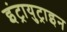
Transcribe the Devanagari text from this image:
इंट्रायुट्राइन